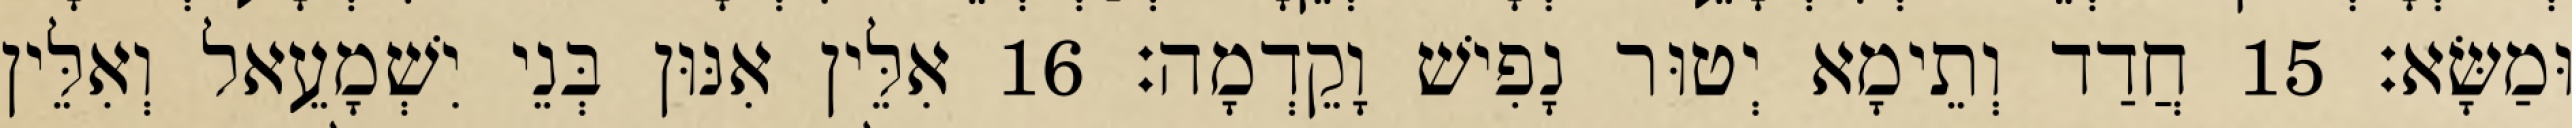
וּמַשָּׂא׃ 15 חֲדַד וְתֵימָא יְטוּר נָפִישׁ וָקֵדְמָה׃ 16 אִלֵּין אִנּוּן בְּנֵי יִשְׁמָעֵאל וְאִלֵּין